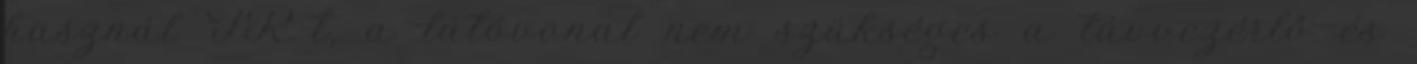
használ IR-t, a látóvonal nem szükséges a távvezérlő és